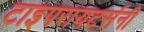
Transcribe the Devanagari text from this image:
टाइपरायटर्सनी